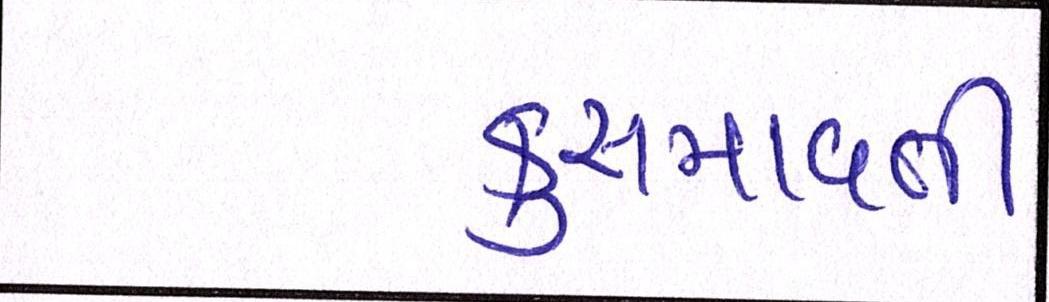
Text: કુસમાવતી